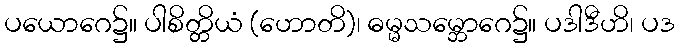
ပယောဂေ၌။ ပါစိတ္တိယံ (ဟောတိ)၊ ဓမ္မသမ္ဘောဂေ၌။ ပဒါဒီဟိ၊ ပဒ